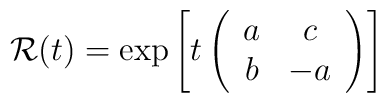
{\cal R}(t)={\exp}\left[{\displaystyle t}\left(\begin{array}{cc} a & c \\ b & -a \\ \end{array}\right)\right]